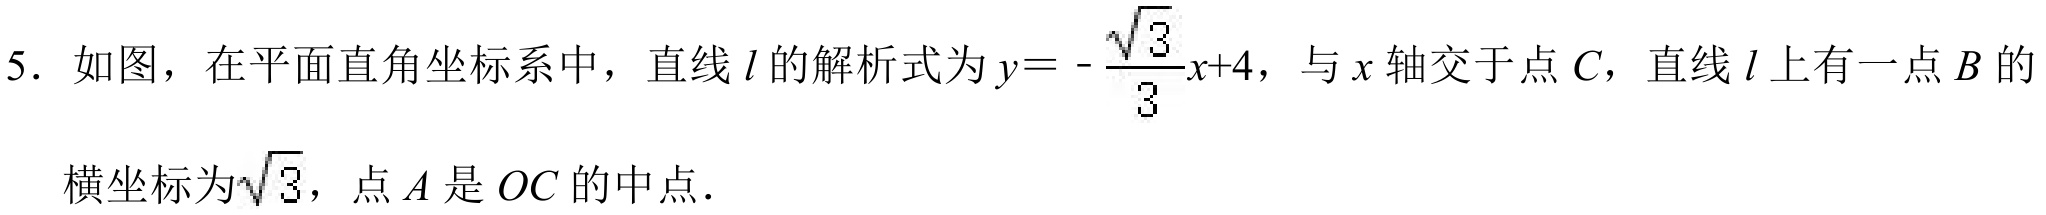
5. 如图，在平面直角坐标系中，直线\(l\)的解析式为\(y = -\frac{\sqrt{3}}{3}x + 4\)，与\(x\)轴交于点\(C\)，直线\(l\)上有一点\(B\)的横坐标为\(\sqrt{3}\)，点\(A\)是\(OC\)的中点．